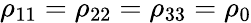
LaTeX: \rho_{11}=\rho_{22}=\rho_{33}=\rho_{0}